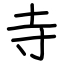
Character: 寺